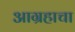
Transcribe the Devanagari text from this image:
आग्रहाचा